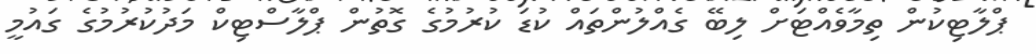
ޕްލާޓިކުން ތިމާވެއްޓަށް ލިބޭ ގެއްލުންތައް ކުޑަ ކުރުމުގެ ގޮތުން ޕްލާސްޓިކް މަދުކުރުމުގެ ގައުމީ